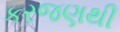
કરજણથી